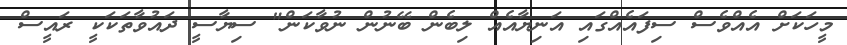
މީހަކަށް އެއްވެސް ސިފައެއްގައި އަނިޔާއެއް ލިބެން ބޭނުން ނުވާކަން" ސިޔާސީ ދައުވާތަކަކީ ރައީސް